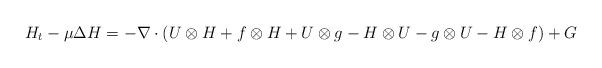
LaTeX: \begin{align*}H_t-\mu\Delta H=-\nabla\cdot(U\otimes H+f\otimes H+U\otimes g-H\otimes U-g\otimes U-H\otimes f)+G\end{align*}